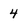
Character: 4